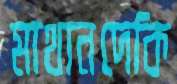
মাথানদেকি